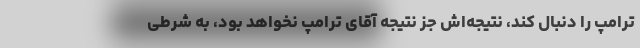
ترامپ را دنبال کند، نتیجه‌اش جز نتیجه آقای ترامپ نخواهد بود، به شرطی